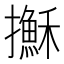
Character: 𢸫